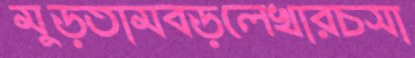
মুড়তামবড়লেখারচসা